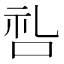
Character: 𫩶